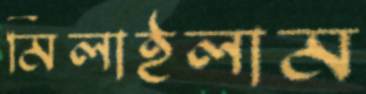
মিলাইলাম